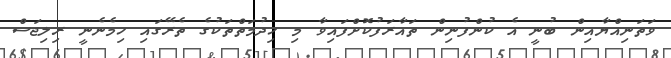
ވަތަނިއްޔާއިން ބުނީ އެ ކުންފުނިން ތައާރަފުކޮށްފައިވާ މި ހިދުމަތްތަކުގެ ތެރޭގައި ހިމެނެނީ ރިލިޖަސް